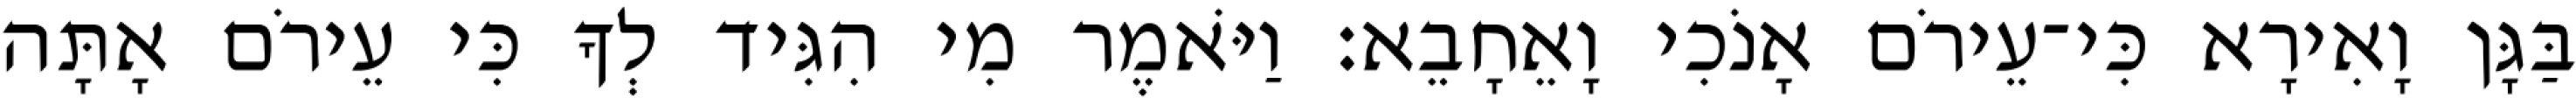
בַּגָּן וָאִירָא כִּי־עֵירֹם אָנֹכִי וָאֵחָבֵא׃ וַיֹּאמֶר מִי הִגִּיד לְךָ כִּי עֵירֹם אָתָּה